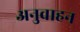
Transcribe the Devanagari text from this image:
अनुवाहन